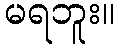
မရဘူး။